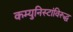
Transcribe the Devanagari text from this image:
कम्युनिस्टांविरूद्ध